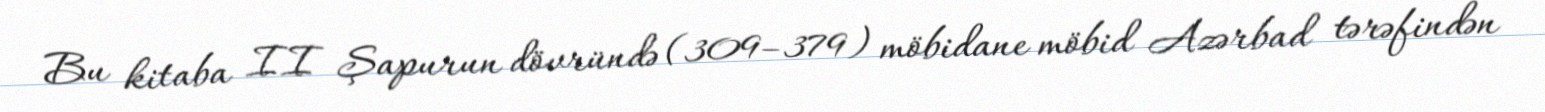
Bu kitaba II Şapurun dövründə (309–379) möbidane möbid Azərbad tərəfindən